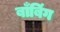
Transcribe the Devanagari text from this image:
बाँबिंग